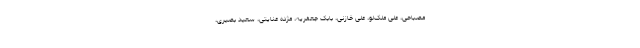
مصباحی، علی ملک‌لو، علی خازنی، بابک جعفریه، مژده عنایتی، سعید بصیری،